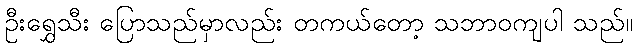
ဦးရွှေသီး ပြောသည်မှာလည်း တကယ်တော့ သဘာဝကျပါ သည်။